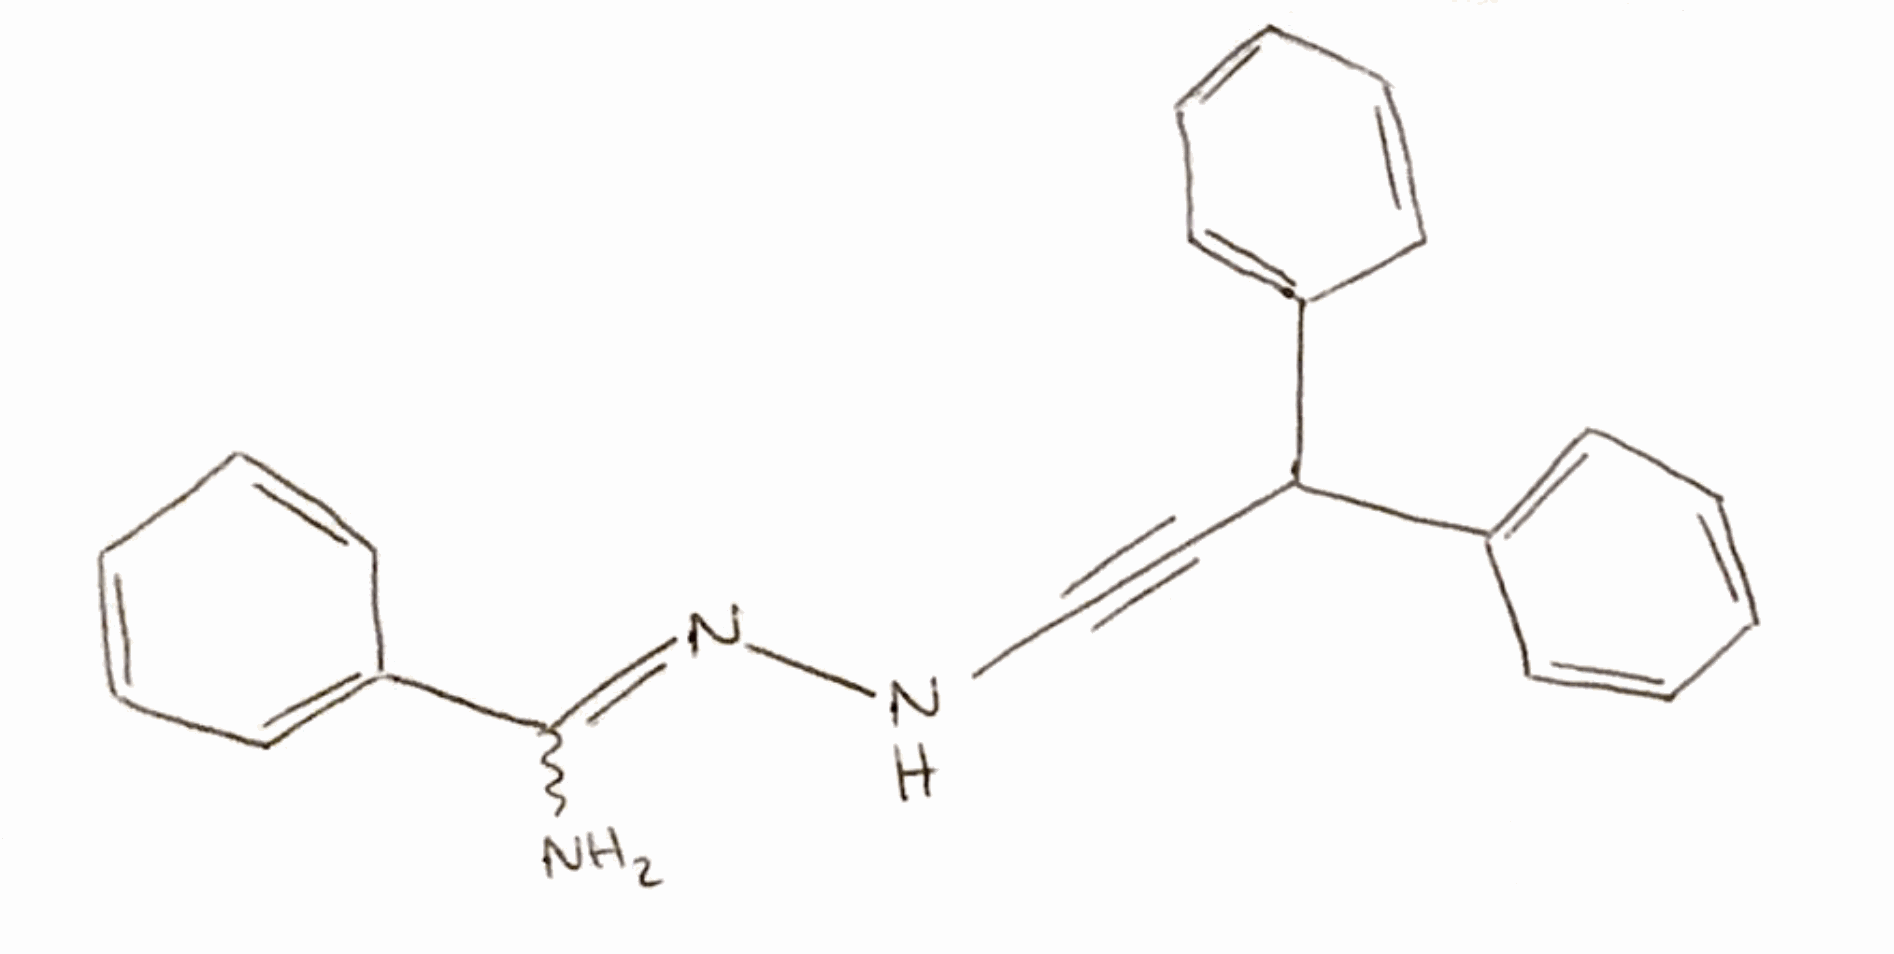
Simplified molecular-input line-entry system (SMILES) notation of the given molecule:
C1=CC=C(C=C1)C(C#CNN=C(C2=CC=CC=C2)N)C3=CC=CC=C3